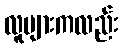
လူများကလည်း